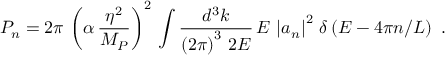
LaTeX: P _ { n } = 2 \pi \, \left( \alpha \, \frac { \eta ^ { 2 } } { M _ { P } } \right) ^ { 2 } \, \int \frac { d ^ { 3 } k } { \left( 2 \pi \right) ^ { 3 } \, 2 E } \, E \, \left| a _ { n } \right| ^ { 2 } \, \delta \left( E - 4 \pi n / L \right) \, \, .